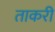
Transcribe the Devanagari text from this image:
ताकरी